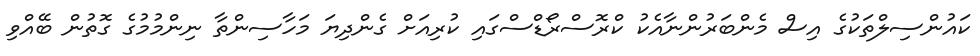
ކައުންސިލްތަކުގެ އިސް މެންބަރުންނާއެކު ކްރޮސްރޯޑްސްގައި ކުރިއަށް ގެންދިޔަ މަހާސިންތާ ނިންމުމުގެ ގޮތުން ބޭއްވި